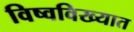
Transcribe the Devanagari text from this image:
विष्वविख्यात